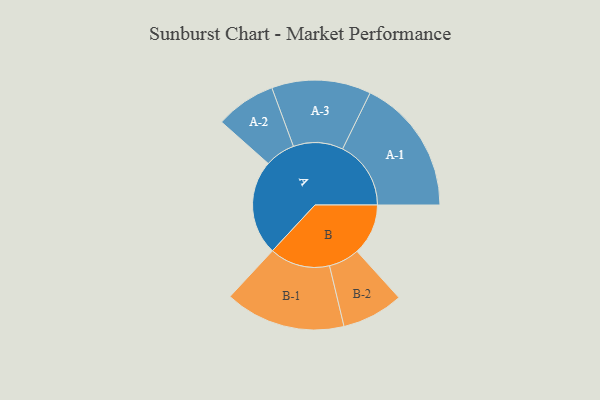
{"axis": {"x": "Segment", "y": "Value"}, "legend": ["", "A", "B"], "data": [{"x": "A", "y": 321, "type": ""}, {"x": "B", "y": 173, "type": ""}, {"x": "A-1", "y": 231, "type": "A"}, {"x": "A-2", "y": 102, "type": "A"}, {"x": "A-3", "y": 168, "type": "A"}, {"x": "B-1", "y": 204, "type": "B"}, {"x": "B-2", "y": 104, "type": "B"}]}